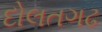
દોલતગઢ